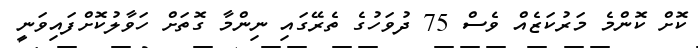
ކޮށް ކޮންމެ މަރުކަޒެއް ވެސް 75 ދުވަހުގެ ތެރޭގައި ނިންމާ ގޮތަށް ހަވާލުކޮށްފައިވަނީ